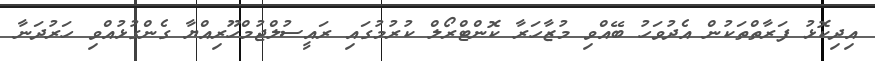
އިދިކޮޅު ފަރާތްތަކުން އެދުވަހު ބޭއްވި މުޒާހަރާ ކޮންޓްރޯލް ކުރުމުގައި ރައީސުލްޖުމްހޫރިއްޔާ ގެންގުޅުއްވި ހަރުދަނާ